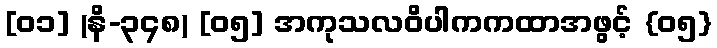
[၀၁] (နိ-၃၄၈) [၀၅] အကုသလဝိပါကကထာအဖွင့် {၀၅}